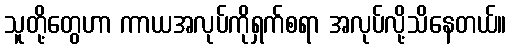
သူတို့တွေဟာ ကာယအလုပ်ကိုရှက်စရာ အလုပ်လို့သိနေတယ်။